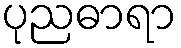
ပုညဓာရာ